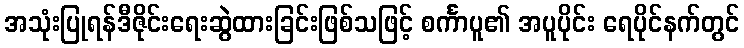
အသုံးပြုရန်ဒီဇိုင်းရေးဆွဲထားခြင်းဖြစ်သဖြင့် စင်္ကာပူ၏ အပူပိုင်း ရေပိုင်နက်တွင်